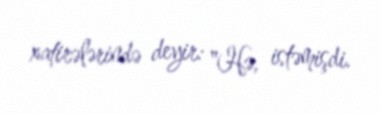
xatirələrində deyir: "Hə, istəmişdi.